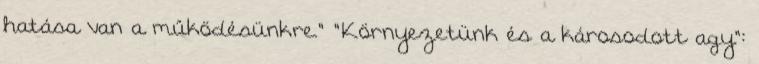
hatása van a működésünkre." "Környezetünk és a károsodott agy":